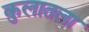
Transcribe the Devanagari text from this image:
कुलातला